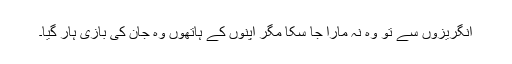
انگریزوں سے تو وہ نہ مارا جا سکا مگر اپنوں کے ہاتھوں وہ جان کی بازی ہار گیا۔